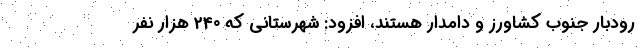
رودبار جنوب کشاورز و دامدار هستند، افزود: شهرستانی که 240 هزار نفر